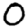
Digit: 0